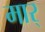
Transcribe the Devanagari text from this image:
मार्